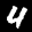
Label: 4